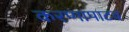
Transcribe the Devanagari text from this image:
करणापाटव